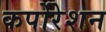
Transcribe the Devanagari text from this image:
कर्पोरेशन